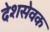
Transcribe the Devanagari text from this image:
देशसेवक